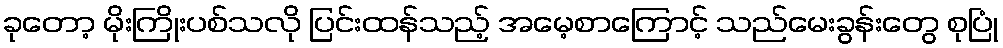
ခုတော့ မိုးကြိုးပစ်သလို ပြင်းထန်သည့် အမေ့စာကြောင့် သည်မေးခွန်းတွေ စုပြုံ